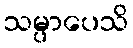
သမ္ပာပေသိ